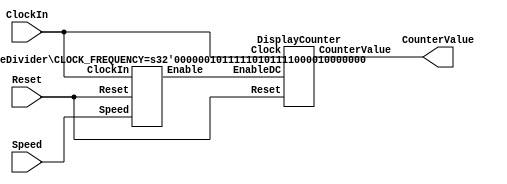
`timescale 1ns / 1ns // `timescale time_unit/time_precision

module part2
#(parameter CLOCK_FREQUENCY = 50000000)(
	input ClockIn,
	input Reset,
	input [1:0] Speed,
	output [3:0] CounterValue
);

// 1. First call RateDivider, to get impulses
// 2. Then use impulse in DisplayCounter

	wire EnableDC;

	RateDivider #(.CLOCK_FREQUENCY(CLOCK_FREQUENCY)) RDInst (ClockIn, Reset, Speed, EnableDC);

	DisplayCounter disp (ClockIn, Reset, EnableDC, CounterValue);

endmodule

module DisplayCounter (
	input Clock,
	input Reset,
	input EnableDC,
	output reg [3:0] CounterValue
);
	
	always@(posedge Clock)
	begin
		if (Reset)
			CounterValue <= 4'b0000;
		else if (EnableDC)
			CounterValue <= CounterValue + 1;
	end
endmodule


module RateDivider
#(parameter CLOCK_FREQUENCY = 50000000) (
	input ClockIn,
	input Reset,
	input [1:0] Speed,
	output Enable
);
// 1. figure out # of clock cycles per pulse
// 2. count down from # to 0
// 3. emit pulse at 0
// 4. reset to counter
	
	reg [$clog2(4*CLOCK_FREQUENCY):0] count;

	always@(posedge ClockIn)
	begin
		if ((Reset == 1) | (count == 0 ))
		begin
			case(Speed)
				2'b00: count <= 1'b1 - 1;
				2'b01: count <= CLOCK_FREQUENCY - 1;
				2'b10: count <= CLOCK_FREQUENCY*2 - 1;
				2'b11: count <= CLOCK_FREQUENCY*4 - 1;
				default: count <= 0;
			endcase
		end 
		else if (count != 0)
			count <= count - 1;
	end

	assign Enable = (count == 'b0) ? 'b1:'b0;
endmodule